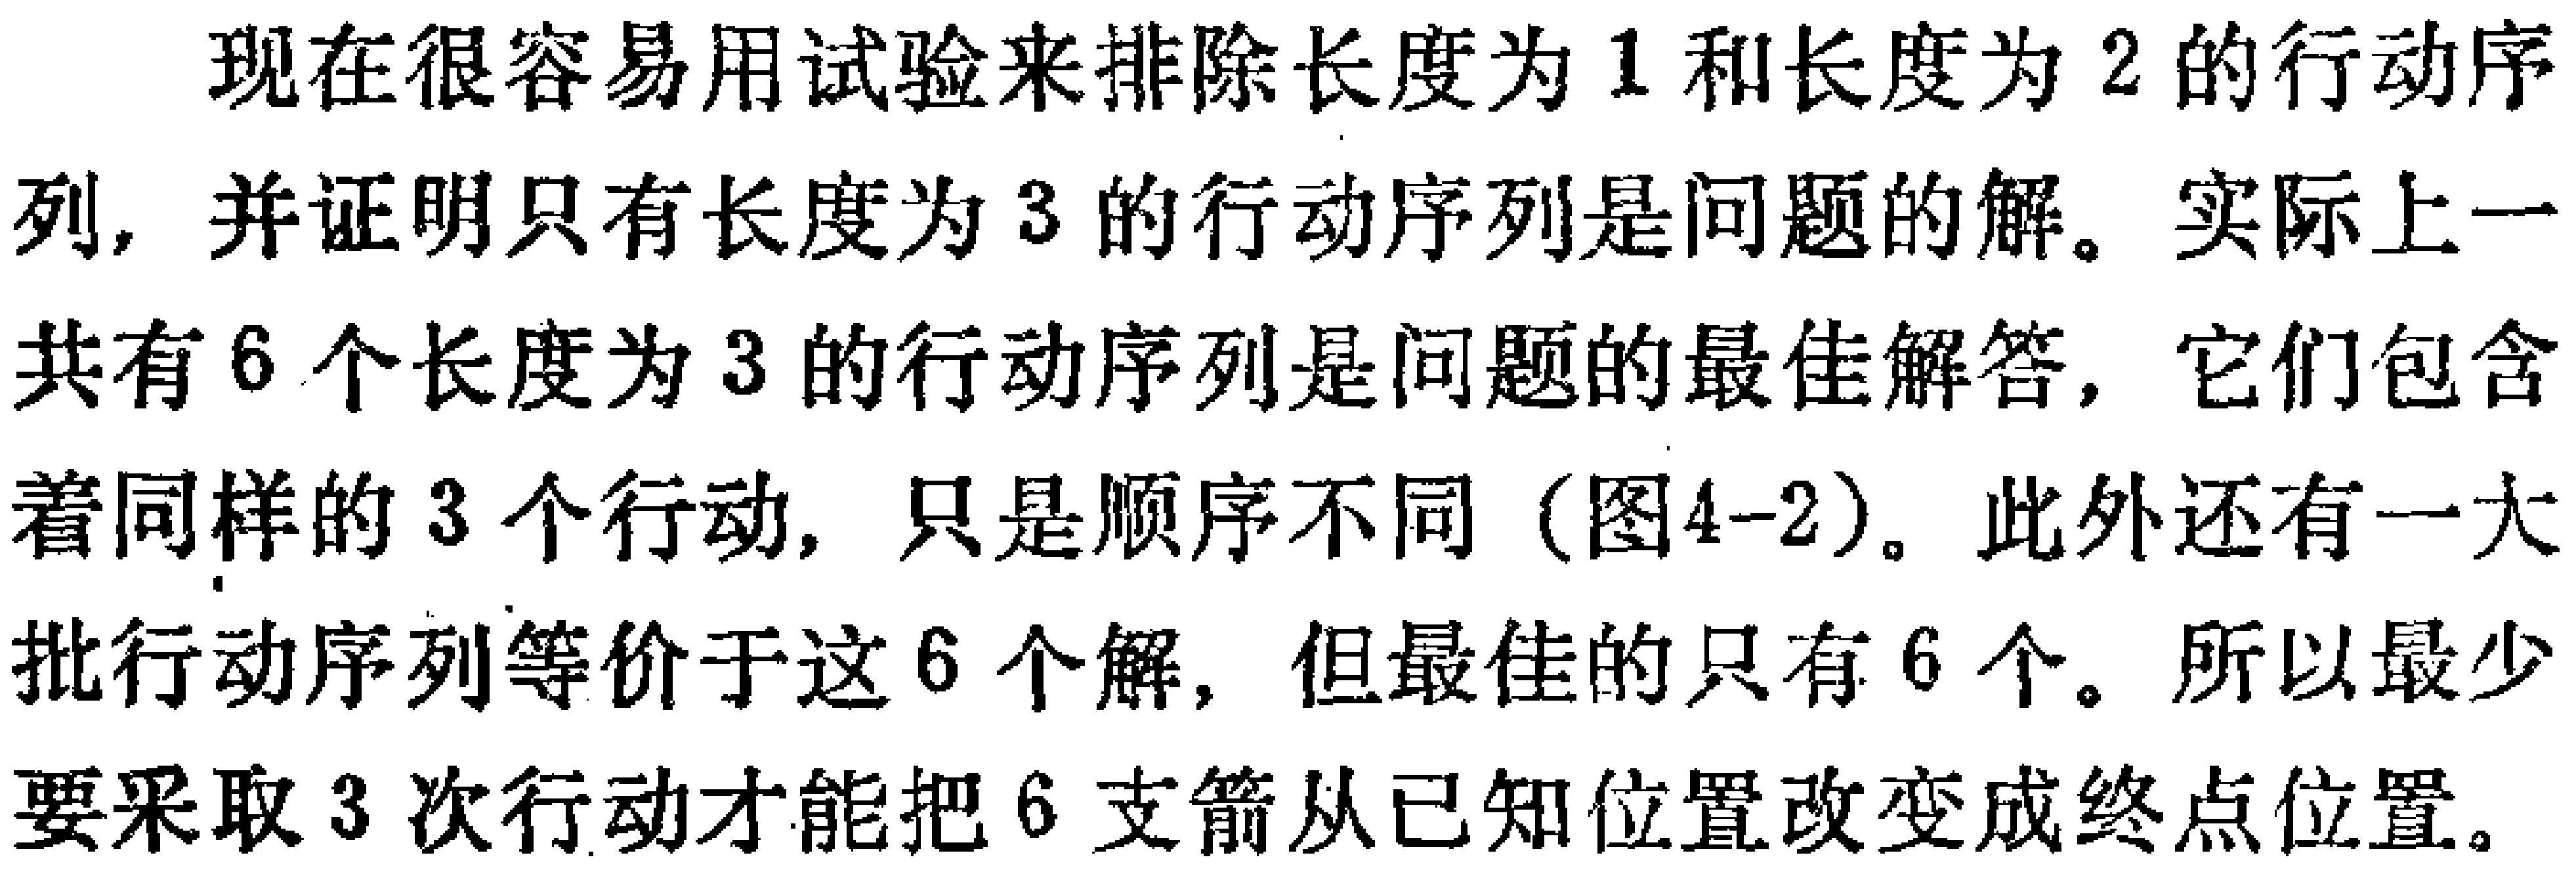
现在很容易用试验来排除长度为 1 和长度为 2 的行动序列, 并证明只有长度为 3 的行动序列是问题的解。实际上一共有 6 个长度为 3 的行动序列是问题的最佳解答, 它们包含着同样的 3 个行动, 只是顺序不同 (图4-2)。此外还有一大批行动序列等价于这 6 个解, 但最佳的只有 6 个。所以最少要采取 3 次行动才能把 6 支箭从已知位置改变成终点位置。